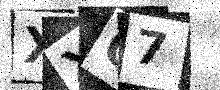
Text: XXQ7